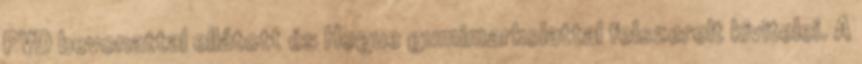
PVD bevonattal ellátott és Hogue gumimarkolattal felszerelt kivitelei. A